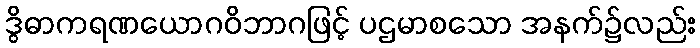
ဒွိဓာကရဏယောဂဝိဘာဂဖြင့် ပဌမာစသော အနက်၌လည်း